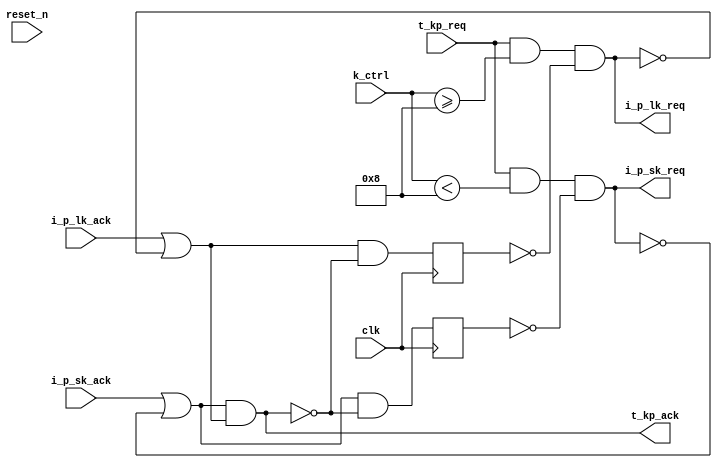

module p_decode_ctrl_1_2 (
    input 	t_kp_req,
    output wire t_kp_ack,
    output wire	i_p_sk_req,
    input wire  i_p_sk_ack, 
    output wire	i_p_lk_req,
    input wire  i_p_lk_ack, 

    input wire [3:0] k_ctrl,
    input 	clk, reset_n
);

   reg 		q_p_sk_ack;
   reg 		q_p_lk_ack;

   assign t_kp_ack= (i_p_sk_ack | ~i_p_sk_req) & (i_p_lk_ack | ~i_p_lk_req);

   assign i_p_sk_req= t_kp_req & (k_ctrl<8) & ~q_p_sk_ack;
   assign i_p_lk_req= t_kp_req & (k_ctrl>=8) & ~q_p_lk_ack;

   always @(posedge clk)
     q_p_sk_ack<=(i_p_sk_ack | ~i_p_sk_req) & ~t_kp_ack;
   always @(posedge clk)
     q_p_lk_ack<=(i_p_lk_ack | ~i_p_lk_req) & ~t_kp_ack;
			 

endmodule